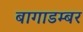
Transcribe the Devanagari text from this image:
बागाडम्बर